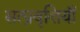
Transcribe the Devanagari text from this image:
सत्प्रवृत्तियाँ